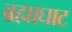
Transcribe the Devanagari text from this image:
ब्रह्माघाट